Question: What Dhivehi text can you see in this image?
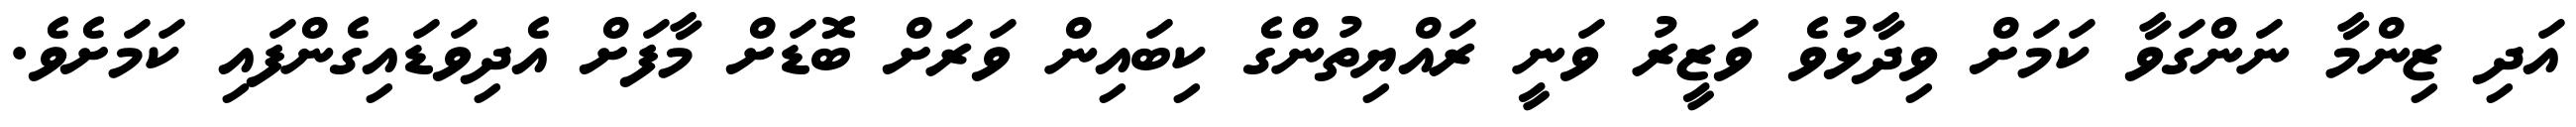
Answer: އަދި ޒިންމާ ނަންގަވާ ކަމަށް ވިދާޅުވެ ވަޒީރު ވަނީ ރައްޔިތުންގެ ކިބައިން ވަރަށް ބޮޑަށް މާފަށް އެދިވަޑައިގެންފައި ކަމަށެވެ.